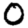
Digit: 0